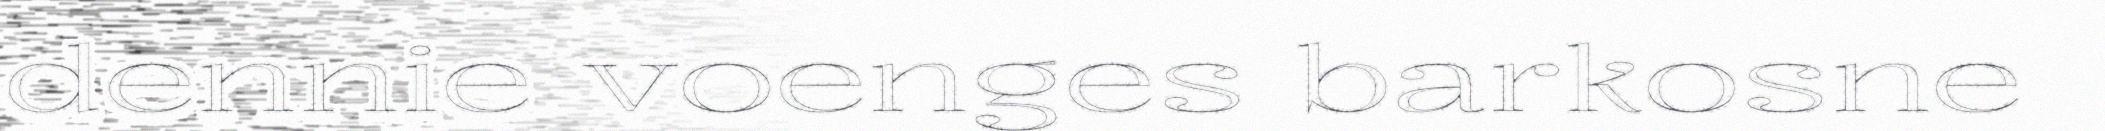
dennie voenges barkosne